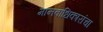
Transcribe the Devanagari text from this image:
मानवाधिकारांचा